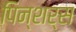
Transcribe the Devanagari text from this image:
पिन्शर्स